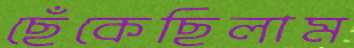
ছেঁকেছিলাম